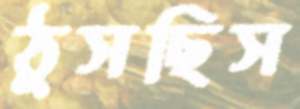
ঠুসছিস